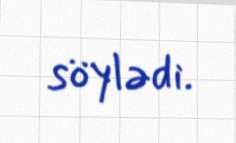
söylədi.